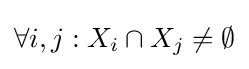
\forall i,j:X_{i}\cap X_{j}\neq \emptyset